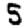
Digit: 5